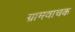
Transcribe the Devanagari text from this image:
ग्रामवाचक